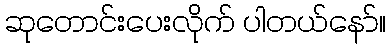
ဆုတောင်းပေးလိုက် ပါတယ်နော်။